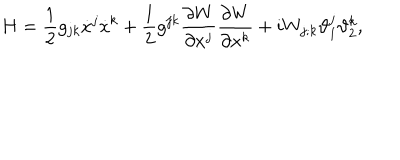
H = \frac { 1 } { 2 } g _ { j k } \dot { x } ^ { j } \dot { x } ^ { k } + \frac { 1 } { 2 } g ^ { j k } \frac { \partial W } { \partial x ^ { j } } \frac { \partial W } { \partial x ^ { k } } + i W _ { j ; k } \vartheta _ { 1 } ^ { j } \vartheta _ { 2 } ^ { k } ,